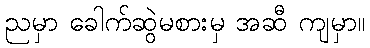
ညမှာ ခေါက်ဆွဲမစားမှ အဆီ ကျမှာ။